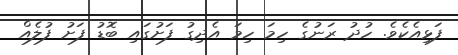
ފަޅިއެކެވެ. ހުދު ރަނުގެ ހިމަ ހިމަ އެދިގު ފަށުގައި ބޮޑު ފަށު ފުލެއް